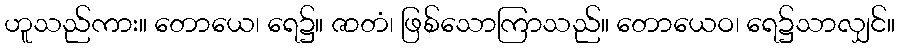
ဟူသည်ကား။ တောယေ၊ ရေ၌။ ဇာတံ၊ ဖြစ်သောကြာသည်။ တောယေဝ၊ ရေ၌သာလျှင်။